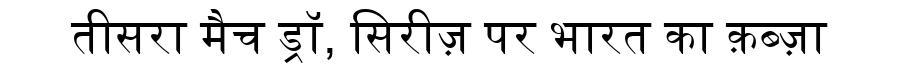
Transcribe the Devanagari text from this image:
तीसरा मैच ड्रॉ, सिरीज़ पर भारत का क़ब्ज़ा